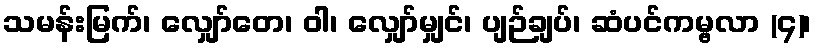
သမန်းမြက်၊ လျှော်တေ၊ ဝါ၊ လျှော်မျှင်၊ ပျဉ်ချပ်၊ ဆံပင်ကမ္ဗလာ (၄)၊